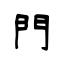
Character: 門